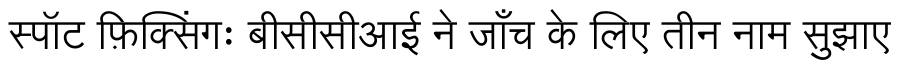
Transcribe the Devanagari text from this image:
स्पॉट फ़िक्सिंगः बीसीसीआई ने जाँच के लिए तीन नाम सुझाए